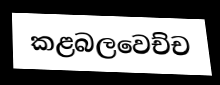
කළබලවෙච්ච